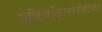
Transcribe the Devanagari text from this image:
अभिव्यक्तिस्वातंत्र्याच्या